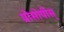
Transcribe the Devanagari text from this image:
प्रोसोपीस्